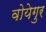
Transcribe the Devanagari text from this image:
वोयेगुर